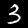
Label: 3